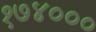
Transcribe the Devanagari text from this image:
१७४०००